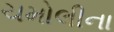
ચમોલીના